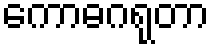
ကောဓဂရုတာ